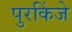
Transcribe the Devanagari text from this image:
पुरकिंजे